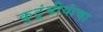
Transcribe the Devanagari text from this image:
कुटूंबीयांचा